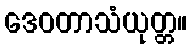
ဒေဝတာသံယုတ္တ။